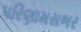
પરિણામસભર